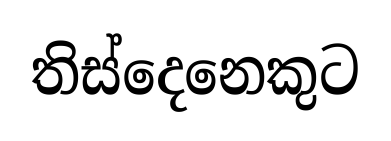
තිස්දෙනෙකුට